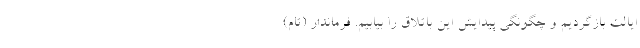
ایالت بازگردیم و چگونگی پیدایش این باتلاق را بیابیم. فرماندار (تام)